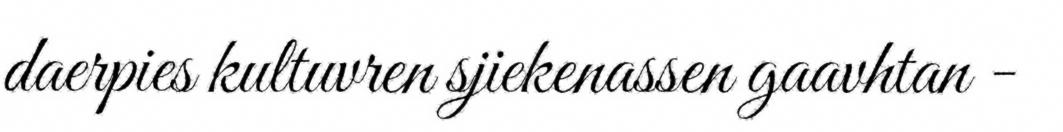
daerpies kultuvren sjiekenassen gaavhtan -